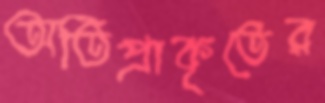
অতিপ্রাকৃতের